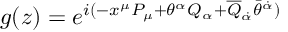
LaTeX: g ( z ) = e ^ { i ( - x ^ { \mu } P _ { \mu } + \theta ^ { \alpha } Q _ { \alpha } + \overline { { { Q } } } _ { \dot { \alpha } } \bar { \theta } ^ { \dot { \alpha } } ) }